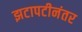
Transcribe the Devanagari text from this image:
झटापटीनंतर